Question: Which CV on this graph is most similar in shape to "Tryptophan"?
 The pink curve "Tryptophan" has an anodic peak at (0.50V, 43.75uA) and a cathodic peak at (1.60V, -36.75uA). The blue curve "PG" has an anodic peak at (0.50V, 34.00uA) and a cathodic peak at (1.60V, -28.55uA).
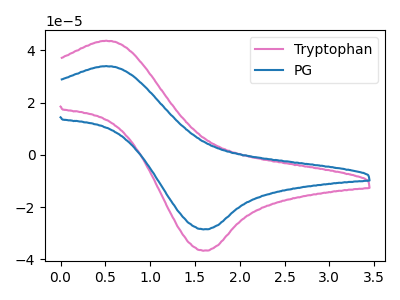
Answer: <think>All the peaks in "Tryptophan" have a peak in "PG" at the same potential. Every peak in "Tryptophan" is higher than every peak in "PG".
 </think>
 <answer>The CV with the most similar shape to "PG" is "Tryptophan".</answer>
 <eval>"Tryptophan"</eval>